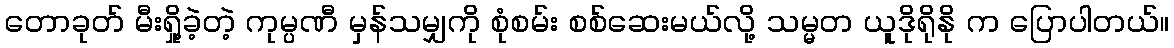
တောခုတ် မီးရှို့ခဲ့တဲ့ ကုမ္ပဏီ မှန်သမျှကို စုံစမ်း စစ်ဆေးမယ်လို့ သမ္မတ ယူဒိုရိုနို က ပြောပါတယ်။